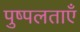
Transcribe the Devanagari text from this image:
पुष्पलताएँ